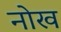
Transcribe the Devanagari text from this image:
नोख